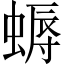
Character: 𧏯